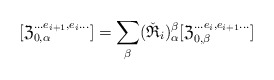
\begin{align*}[\mathfrak Z^{\ldots e_{i+1},e_{i}\ldots}_{0,\alpha}]=\sum_\beta(\check {\mathfrak R}_i)_{\alpha}^{\beta} [\mathfrak Z^{\ldots e_{i},e_{i+1}\ldots}_{0,\beta}]\end{align*}